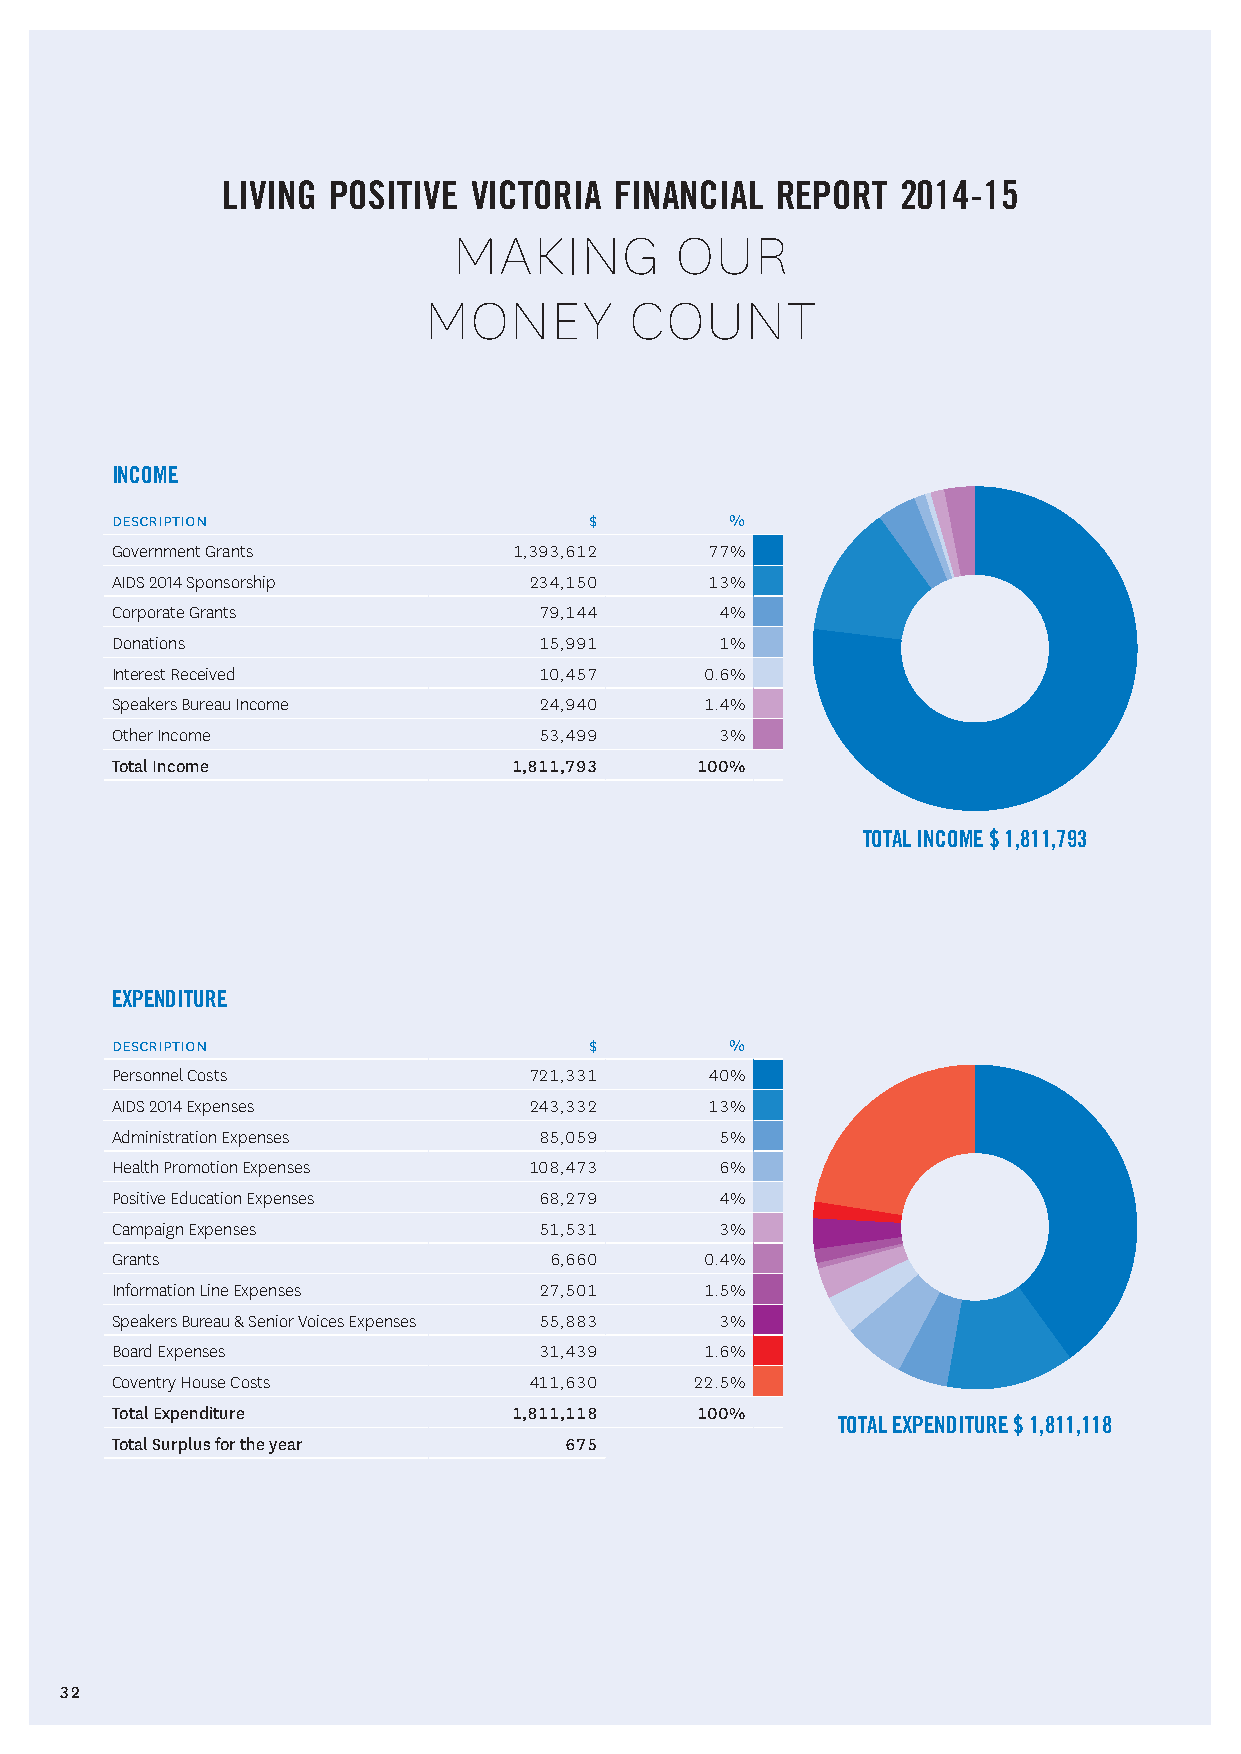
living positive victoria  financial report   2014-15
 making         our
 money         count
 INCOME
 description                     $        %
 Government Grants          1,393,612    77%
 AIDS 2014 Sponsorship       234,150     13%
 Corporate Grants             79,144      4%
 Donations                    15,991      1%
 Interest Received            10,457     0.6%
 Speakers Bureau Income       24,940     1.4%
 Other Income                 53,499      3%
 Total Income               1,811,793   100%
 TOTAL INCOME $ 1,811,793
 EXPENDITURE
 description                     $        %
 Personnel Costs             721,331     40%
 AIDS 2014 Expenses          243,332     13%
 Administration Expenses      85,059      5%
 Health Promotion Expenses   108,473      6%
 Positive Education Expenses  68,279      4%
 Campaign Expenses            51,531      3%
 Grants                       6,660      0.4%
 Information Line Expenses    27,501     1.5%
 Speakers Bureau & Senior Voices Expenses 55,883 3%
 Board Expenses               31,439     1.6%
 Coventry House Costs        411,630    22.5%
 Total Expenditure          1,811,118   100%
 TOTAL EXPENDITURE $ 1,811,118
 Total Surplus for the year    675
 32